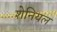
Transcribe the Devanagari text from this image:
शेनियल